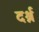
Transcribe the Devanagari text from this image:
दर्श्न